Lunatic asylums Central Provinces reports 1874-1885 - 1874-1885
Year: 1874
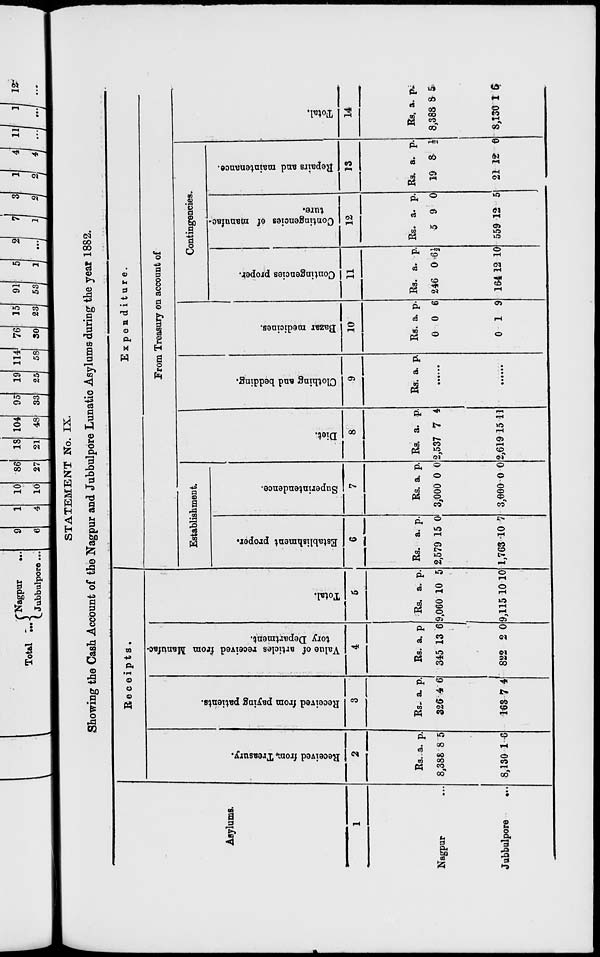
STATEMENT No. IX.
Showing the Cash Account of the Nagpur and Jubbulpore Lunatic Asylums during the year 1882.
Asylums.
1
Nagpur ...
Jubbulpore
...
Receipts.
Received from Treasury.
2
Rs.
8,388
8,130
a.
8
1
p.
5
6
Received from paying patients.
3
Rs.
326
163
a.
4
7
p.
6
4
Value of articles received from Manufac-
tory Department.
4
Rs.
345
822
a.
13
2
p.
6
0
Total.
5
Rs.
9,060
9,115
a.
10
10
p.
5
10
Expenditure.
From Treasury on account of
Establishment.
Establishment proper.
6
Rs.
2,579
1,763
a.
15
10
p.
0
7
Superintendence.
7
Rs.
3,000
3,000
a.
0
0
p.
0
0
Diet.
8
Rs.
2,537
2,619
a.
7
15
p.
4
11
Cl ot hi ng and beddi ng.
9
Rs. a. p.
......
......
Bazar medicines.
10
Rs.
0
0
a.
0
1
p.
6
9
Contingencies.
Contingencies proper.
11
Rs.
246
164
a.
0
12
p.
6½
10
Contingencies of manufac-
ture.
12
Rs.
5
559
a.
9
12
p.
0
5
Repairs and maintenance.
13
Rs.
19
21
a.
8
12
p.
½
0
Total.
14
Rs.
8,388
8,130
a.
8
1
p.
5
6